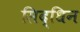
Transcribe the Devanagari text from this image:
सिद्धिन